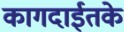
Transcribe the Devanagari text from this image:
कागदाईतके